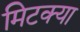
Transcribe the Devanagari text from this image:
मिटक्या